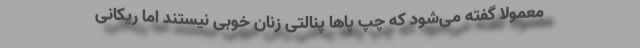
معمولاً گفته می‌شود که چپ پاها پنالتی زنان خوبی نیستند اما ریکانی